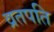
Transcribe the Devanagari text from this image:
व्रतपति